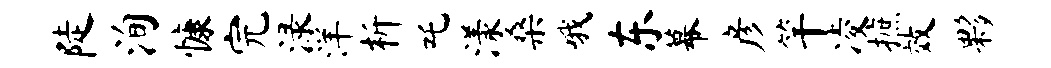
陡洵慷完渌洋析吒漾桑哦东幕彦竿凌摭效夥